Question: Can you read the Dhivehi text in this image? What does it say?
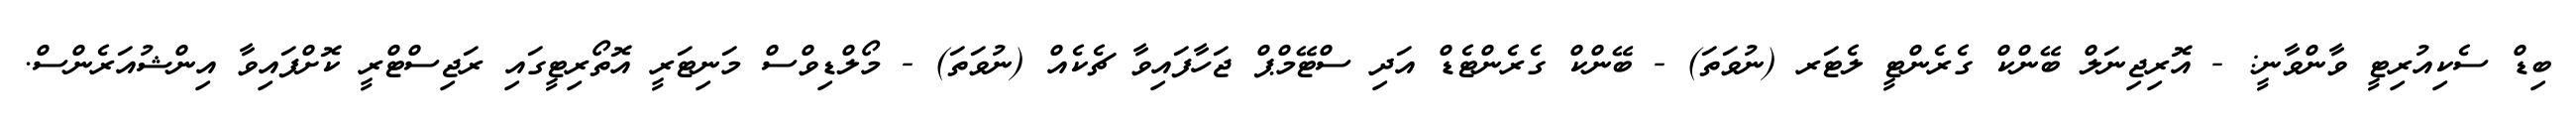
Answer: ބިޑް ސެކިއުރިޓީ ވާންވާނީ: - އޮރިޖިނަލް ބޭންކް ގެރެންޓީ ލެޓަރ (ނުވަތަ) - ބޭންކް ގެރެންޓެޑް އަދި ސްޓޭމްޕް ޖަހާފައިވާ ޗެކެއް (ނުވަތަ) - މޯލްޑިވްސް މަނިޓަރީ އޮތޯރިޓީގައި ރަޖިސްޓްރީ ކޮށްފައިވާ އިންޝުއަރެންސް.